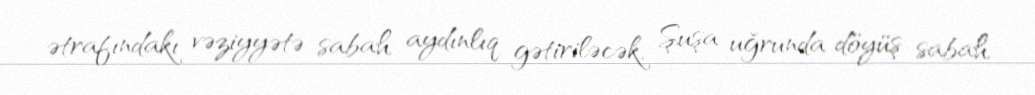
ətrafındakı vəziyyətə sabah aydınlıq gətiriləcək, Şuşa uğrunda döyüş sabah